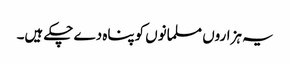
یہ ہزاروں مسلمانوں کوپناہ دے چکے ہیں۔